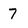
Character: 7